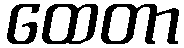
ထေတာ